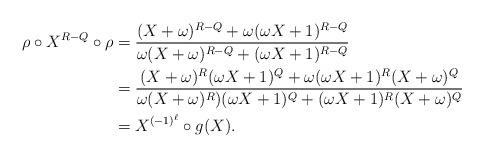
LaTeX: \begin{align*}\rho\circ X^{R-Q}\circ\rho&=\frac{(X+\omega)^{R-Q}+\omega (\omega X+1)^{R-Q}}{\omega (X+\omega)^{R-Q}+(\omega X+1)^{R-Q}}\\&=\frac{(X+\omega)^R(\omega X+1)^Q+\omega (\omega X+1)^R(X+\omega)^Q}{\omega (X+\omega)^R)(\omega X+1)^Q+(\omega X+1)^R (X+\omega)^Q}\\&=X^{(-1)^\ell} \circ g(X).\end{align*}